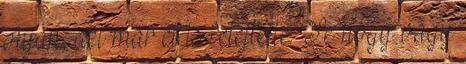
olyan, aki már el is felejtette. Te hogy vagy